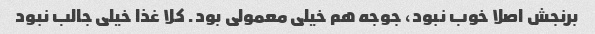
برنجش اصلا خوب نبود، جوجه هم خیلی معمولی بود. کلا غذا خیلی جالب نبود